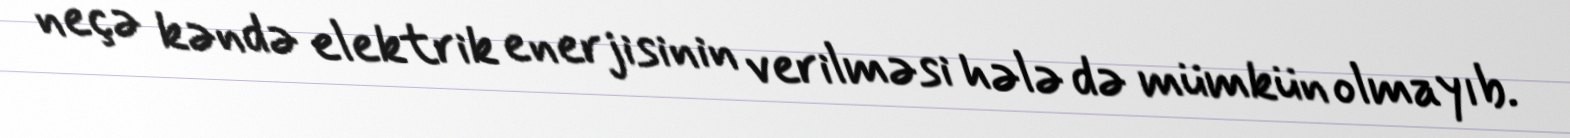
neçə kəndə elektrik enerjisinin verilməsi hələ də mümkün olmayıb.